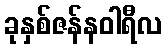
ခုနှစ်ဇန်နဝါရီလ